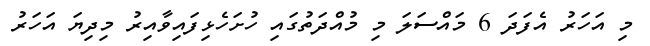
މި އަހަރު އެފަދަ 6 މައްސަލަ މި މުއްދަތުގައި ހުށަހެޅިފައިވާއިރު މިދިޔަ އަހަރު